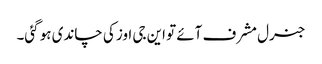
جنرل مشرف آئے تو این جی اوز کی چاندی ہو گئی۔